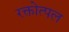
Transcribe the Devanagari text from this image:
रक्तोत्पल